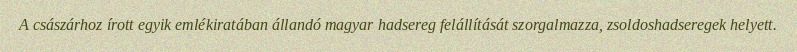
A császárhoz írott egyik emlékiratában állandó magyar hadsereg felállítását szorgalmazza, zsoldoshadseregek helyett.